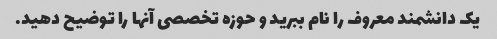
یک دانشمند معروف را نام ببرید و حوزه تخصصی آنها را توضیح دهید.